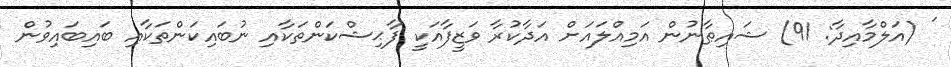
' (އަލްމާއިދާ: 91) ޝައިޠާނުން އަމިއްލައަށް އަދާކުރާ ވަޒީފާއަކީ ފާޙިޝްކަންތަކާއި ނުބައިކަންތަކާއި ބައިބައިވުން